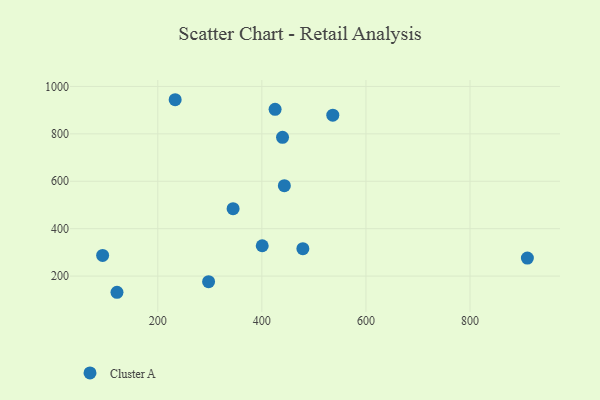
{"axis": {"x": "Investment", "y": "Demand"}, "legend": ["Cluster A"], "data": [{"x": "121.6", "y": 131.7, "type": "Cluster A"}, {"x": "478.8", "y": 315.5, "type": "Cluster A"}, {"x": "344.7", "y": 484.5, "type": "Cluster A"}, {"x": "443.2", "y": 581.2, "type": "Cluster A"}, {"x": "439.7", "y": 785.4, "type": "Cluster A"}, {"x": "297.6", "y": 176.6, "type": "Cluster A"}, {"x": "536.3", "y": 878.9, "type": "Cluster A"}, {"x": "400.7", "y": 327.9, "type": "Cluster A"}, {"x": "233.4", "y": 943.9, "type": "Cluster A"}, {"x": "425.4", "y": 903.3, "type": "Cluster A"}, {"x": "910.2", "y": 275.8, "type": "Cluster A"}, {"x": "94.0", "y": 287.3, "type": "Cluster A"}]}